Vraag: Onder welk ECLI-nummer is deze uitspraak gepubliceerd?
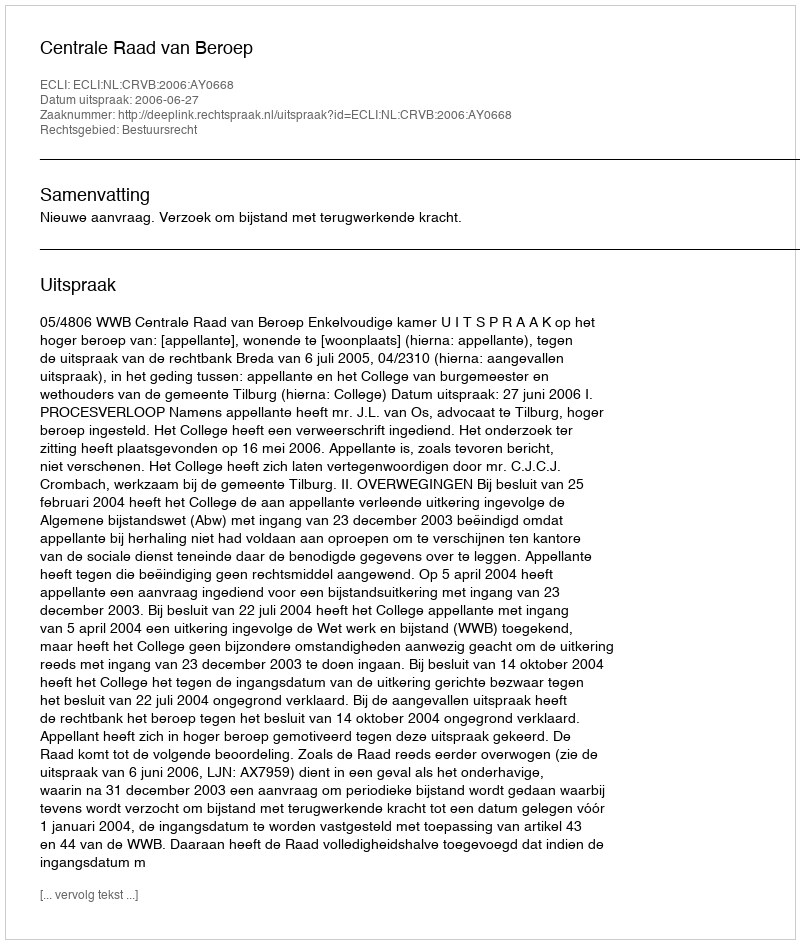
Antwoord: ECLI:NL:CRVB:2006:AY0668